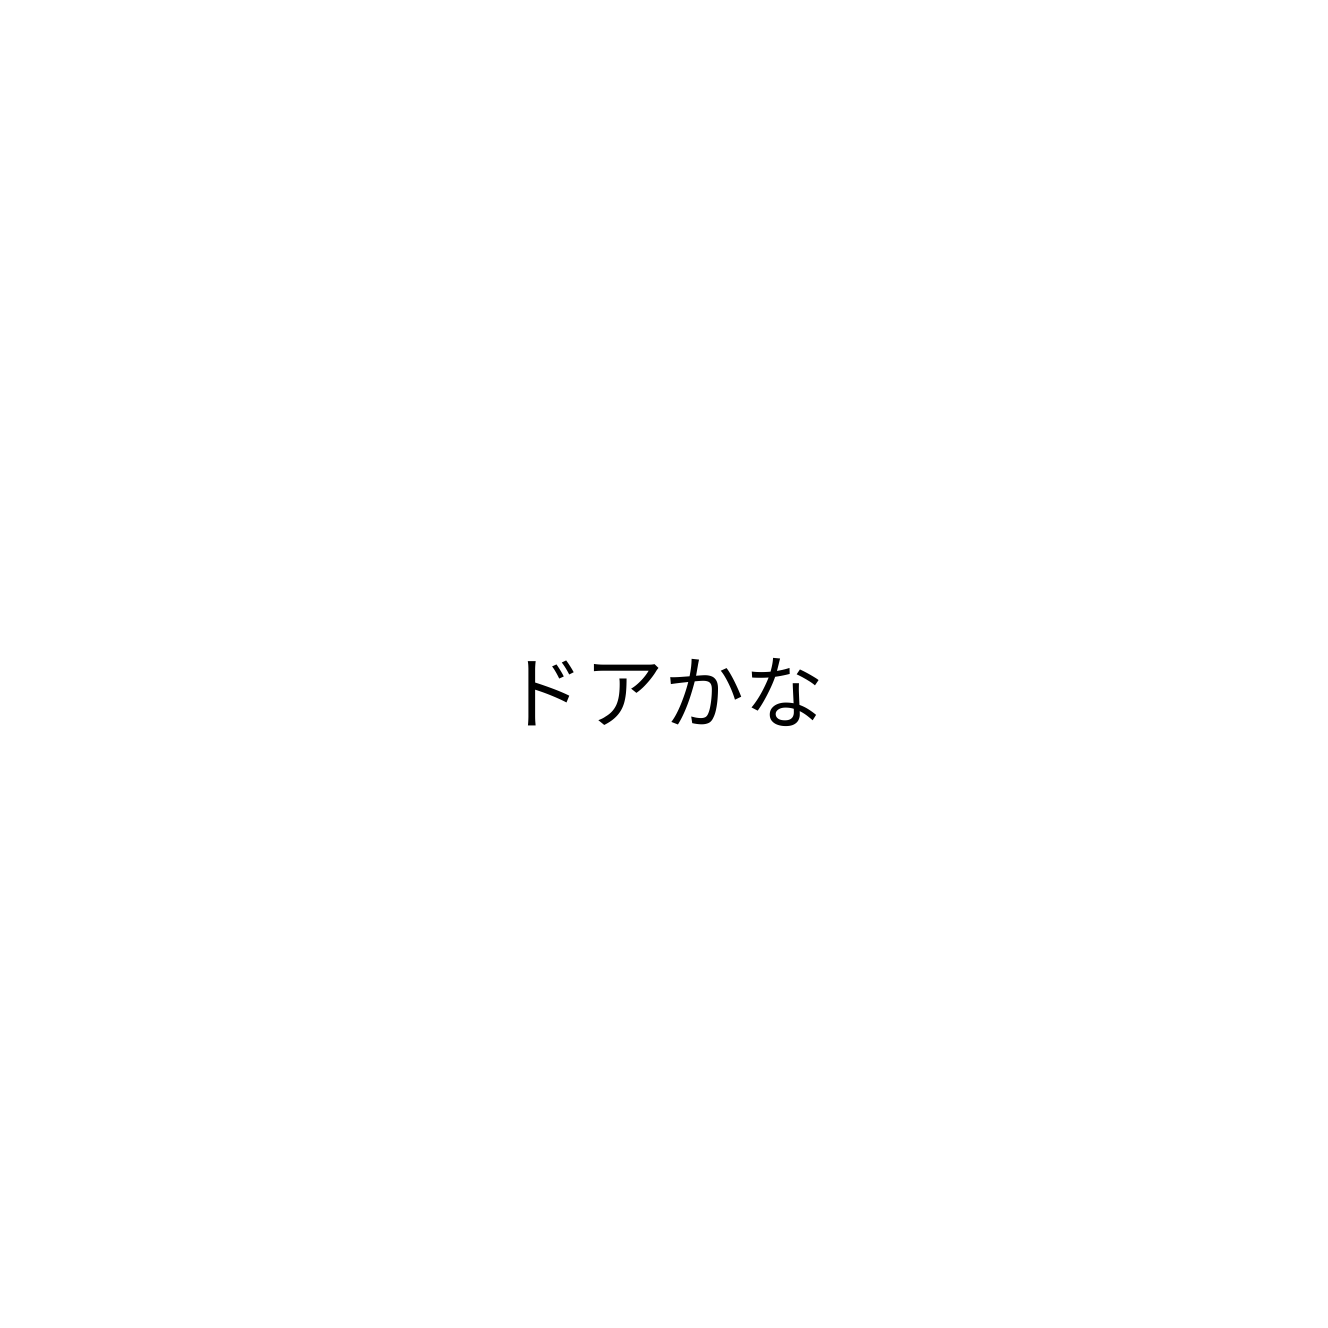
ドアかな